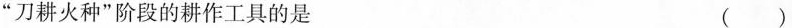
”刀耕火种”阶段的耕作工具的是 ()